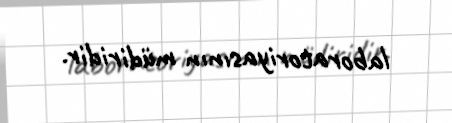
laboratoriyasının müdiridir.